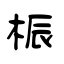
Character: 桭